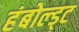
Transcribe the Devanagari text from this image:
हंबोल्ड्ट